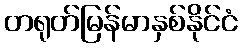
တရုတ်မြန်မာနှစ်နိုင်ငံ